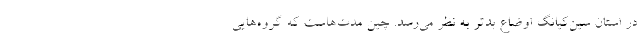
در استان سین‌کیانگ اوضاع بدتر به نظر می‌رسد. چین مدت‌هاست که گروه‌هایی